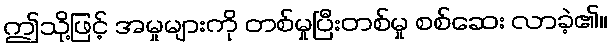
ဤသို့ဖြင့် အမှုများကို တစ်မှုပြီးတစ်မှု စစ်ဆေး လာခဲ့၏။